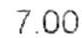
7.00